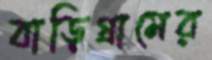
বাড়িগ্রামের